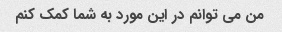
من می توانم در این مورد به شما کمک کنم